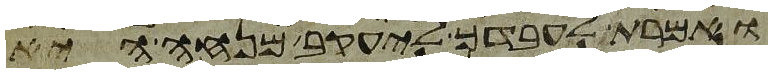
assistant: ואמרת לעבדך ליעקב מנחה היא